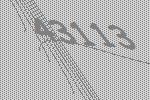
43113